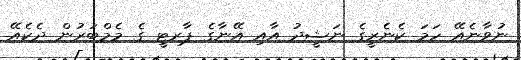
ނުވާނެއޭ ހަމަ ކެނެރީގެ ނަޝީދު އާއި އޭނާގެ ޕާރޓީ ގެ މެމްބަރުން ދެކެއޭ